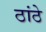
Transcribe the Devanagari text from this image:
ठांठे